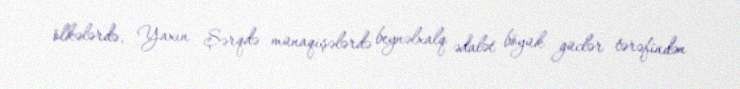
ölkələrdə, Yaxın Şərqdə münaqişələrdə beynəlxalq ədalət böyük güclər tərəfindən